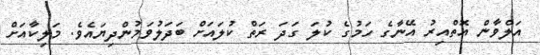
އަލްވާން އޮތްއިރު އޭނާގެ ހަމުގެ ކުލަ ގަދަ ރަތް ކުލައަށް ބަދަލުވަމުންދިޔައެވެ. މަލިކާއަށް